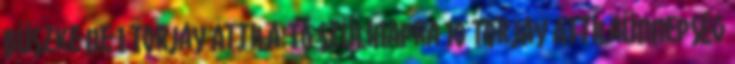
büszke ne 1 Torjay Attila:Tó szülinapra 10 Torjay AttilaÜnnepség